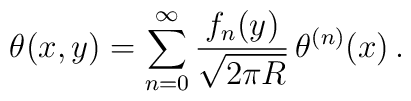
\theta(x,y) = \sum_{n=0}^\infty \frac{f_n(y)}{\sqrt{2\pi R}}\,\theta^{(n)}(x) \, .